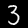
Digit: 3